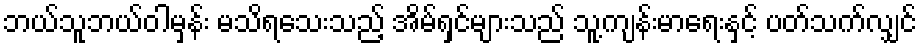
ဘယ်သူဘယ်ဝါမှန်း မသိရသေးသည့် အိမ်ရှင်များသည် သူ့ကျန်းမာရေးနှင့် ပတ်သက်လျှင်